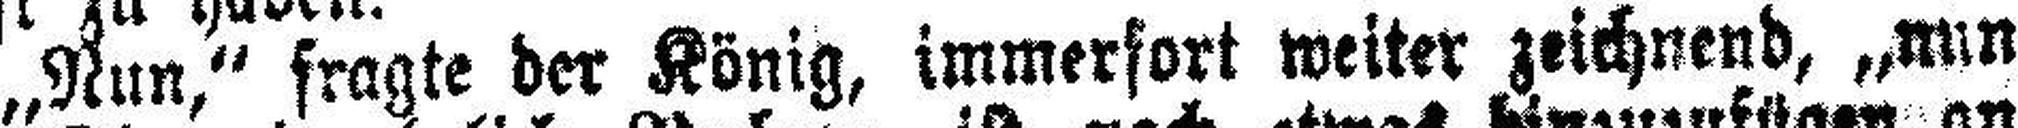
„Nun,“ fragte der König, immerfort weiter zeichnend, „nun